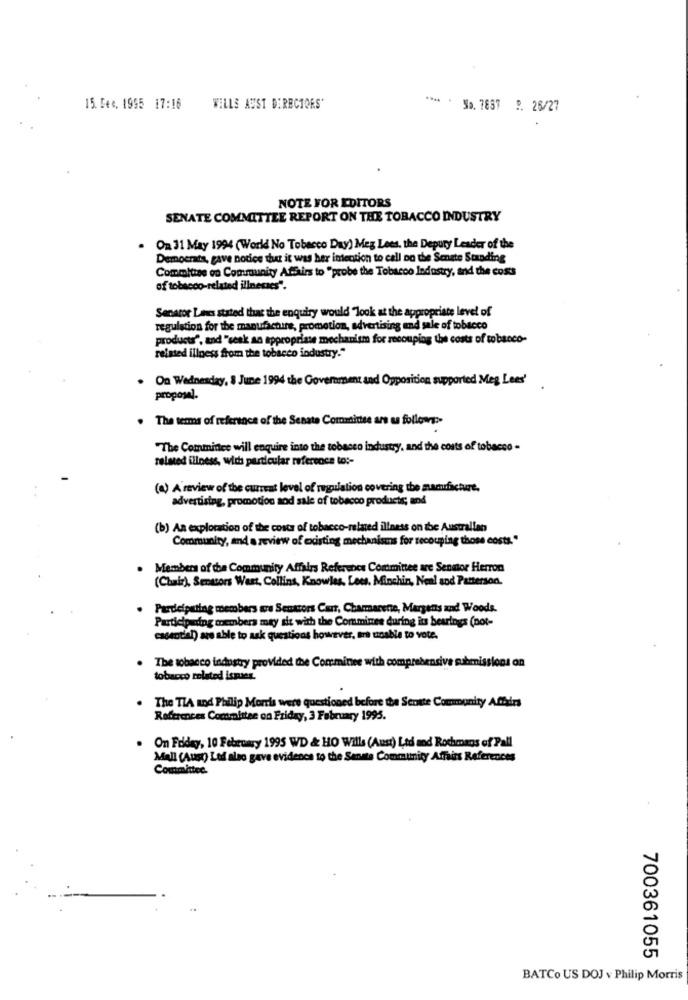
15. Sec. 1995 17:16
WELLS AUST DIRECTORS'
**** * Ja. 7857 P. 26/27
.
NOTE FOR EDITORS
SENATE COMMITTEE REPORT ON THE TOBACCO INDUSTRY
On 31 May 1994 (World No Tobacco Day) Meg Lees, the Deputy Leader of the
Democrats, gave notice dut it was her intention to call Do the Senate Standing
Committee on Community Affairs to "probe the Tobacco Industry, and the costs
of tobacco-related illnesses".
Senator Laves stated that the enquiry would look at the appropriate level of
regulation for the manufacture, promotion, advertising and sale of tobacco
products", and "seak an appropriate mechanism for recouping the costs of tobacco-
related illness from the tobacco industry."
. On Wednesday, 8 June 1994 the Government and Opposition supported Meg Lees'
proposal.
The terms of reference of the Senate Committee are as follows :-
"The Committee will enquire into the tobacco industry, and the costs of tobacco -
related illness, with particular reference to :-
(a) A review of the current level of regulation covering the manufacture.
advertising, promotion sod sale of tobacco products; and
(b) An exploration of the costs of tobacco-related illness on the Australian
Community, and a review of existing mechanisms for recouping those costs."
Members of the Community Affairs Reference Committee are Sensor Herron
(Chair), Senators West, Collins, Knowles, Lees. Minchin, Neal and Patterson.
Pardeiputing members are Senators Curr, Chammarene, Margens and Woods.
Participating members may sit with the Comminee during its bearings (not-
essential) are able to ask questions however, are unable to vote.
The tobacco industry provided the Comminee with compreben
tobacco related issues.
The TIA and Philip Morris were questioned before the Senate Community Afhirs
References Committee on Friday, 3 February 1995.
On Friday, 10 February 1995 WD & HO Wills (Aust) Ltd and Rochosos of Pall
Mall (Aust) Led also gave evidence to the Senate Community Affairs References
Committee.
700361055
BATCo US DOJ v Philip Morris